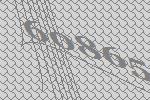
60865